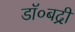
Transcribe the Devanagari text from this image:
डॉ०बद्री